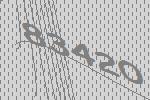
83420